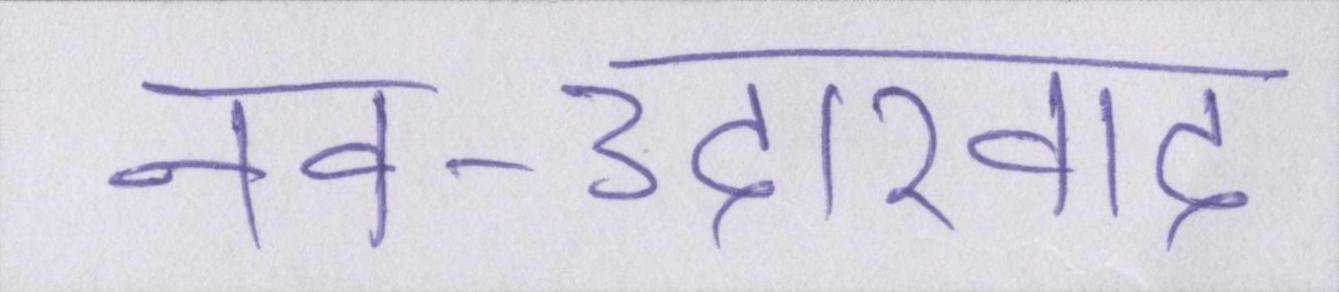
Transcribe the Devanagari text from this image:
नव-उदारवाद